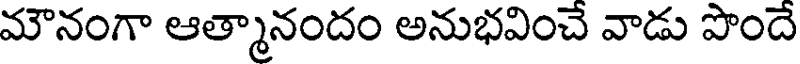
మౌనంగా ఆత్మానందం అనుభవించే వాడు పొందే